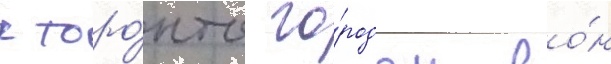
к торо́нто го́родом во́н